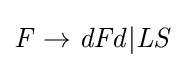
{\mathit {F\to dFd|LS}}